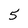
Character: 5